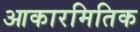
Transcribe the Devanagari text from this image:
आकारमितिक